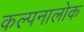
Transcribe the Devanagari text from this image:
कल्पनालोक